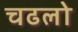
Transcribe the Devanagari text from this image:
चढलो